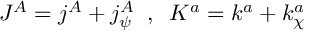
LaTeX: J ^ { A } = j ^ { A } + j _ { \psi } ^ { A } \; \; , \; \; K ^ { a } = k ^ { a } + k _ { \chi } ^ { a }